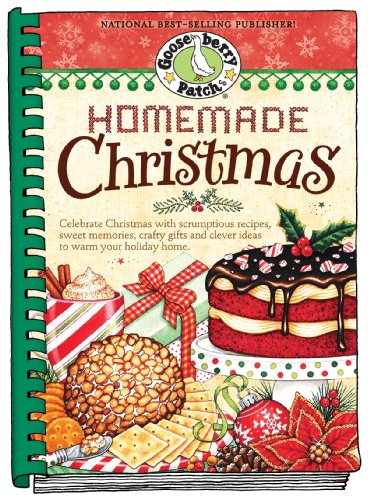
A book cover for Homemade Christmas: Tried & true recipes, heartwarming memories and easy ideas for savoring the best of Christmas. (Seasonal Cookbook Collection); Gooseberry Patch; Cookbooks, Food & Wine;